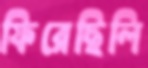
ফিরেছিলি